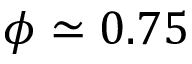
\phi \simeq 0 . 7 5